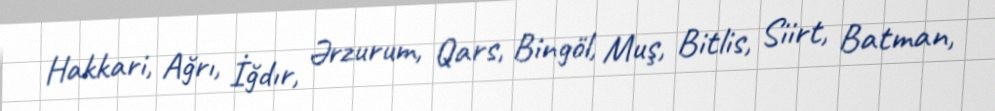
Hakkari, Ağrı, İğdır, Ərzurum, Qars, Bingöl, Muş, Bitlis, Siirt, Batman,